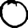
Digit: 0